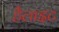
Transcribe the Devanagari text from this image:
हैलाइट